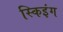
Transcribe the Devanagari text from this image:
स्किइंग